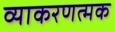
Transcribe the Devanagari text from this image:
व्याकरणत्मक